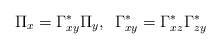
LaTeX: \begin{align*}\Pi_x = \Gamma_{xy}^*\Pi_y,\,\,\,\Gamma_{xy}^* = \Gamma_{xz}^*\Gamma_{zy}^*\end{align*}